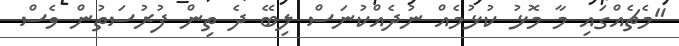
"މެޗެއްގައި މާ މޮޅު ކުޅުމެއް ނުދެއްކުނަސް ލިބޭ ދެ ތިން ފުރުސަތުން ވެސް